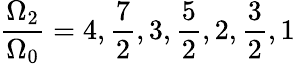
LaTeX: \frac{\Omega_{2}}{\Omega_{0}}=4,\frac{7}{2},3,\frac{5}{2},2,\frac{3}{2},1